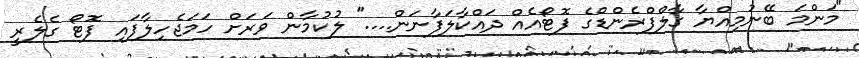
"މަންމަ ބޭނުމިއްޔާ ގާލްފްރެންޑްގެ ފޮޓޯއެއް ދައްކާލަފާނަން...." ލުކުމާން ވަރަށް ހަމަޖެހިލާފައި ފޮޓޯ ގެލެރީ